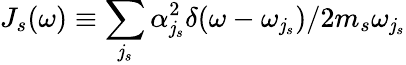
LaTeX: J_{s}(\omega)\equiv\sum_{\mathit{j}_{s}}{\alpha_{\mathit{j}_{s}}^{2}}\delta(\omega-\omega_{\mathit{j}_{s}})/{2m_{s}\omega_{\mathit{j}_{s}}}